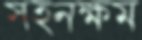
সহনক্ষম